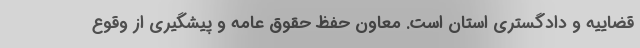
قضاییه و دادگستری استان است. معاون حفظ حقوق عامه و پیشگیری از وقوع